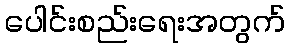
ပေါင်းစည်းရေးအတွက်